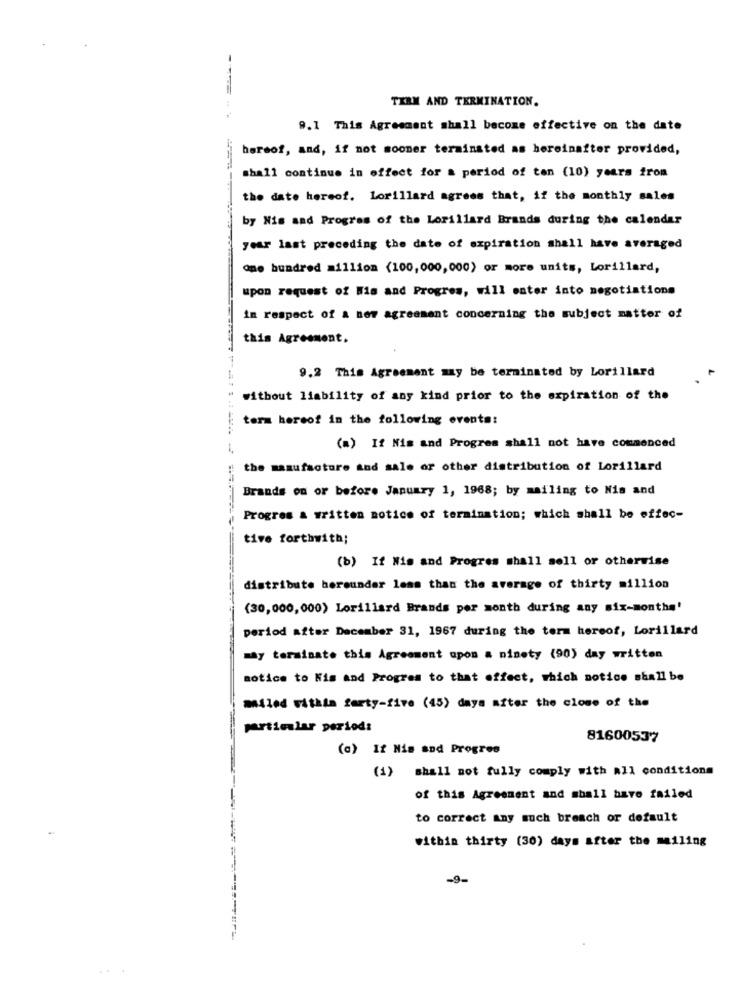
TERM AND TERMINATION.
9.1 This Agreement shall become effective on the date
hereof, and, if not sooner terminated as hereinafter provided,
shall continue in effect for a period of ton (10) years from
the date hereof. Lorillard agrees that, if the monthly sales
by Nis and Progres of the Lorillard Brands during the calendar
year last preceding the date of expiration shall have averaged
one hundred million (100,000,000) or more units, Lorillard,
upon request of His and Progres, will enter into negotiations
in respect of a new agreement concerning the subject matter of
this Agreement.
9.2 This Agreement may be terminated by Lorillard
without liability of any kind prior to the expiration of the
term hereof in the following events:
(a) If Nis and Progres shall not have commenced
the manufacture and sale or other distribution of Lorillard
Brands on or before January 1, 1968; by mailing to Nis and
Progres & written notice of termination; which shall be effec-
tive forthwith;
(b) If Wis and Progres shall sell or otherwise
distribute berounder less than the average of thirty million
(30,000,000) Lorillard Brands per month during any six-months'
period after December 31, 1967 during the term hereof, Lorillard
my terminate this Agreement upon a ninety (90) day written
notice to Nis and Progres to that effect, which notice shall be
Miled Withla forty-five (45) days after the close of the
particular period:
81600537
(a) If Nis and Progres
(1) shall not fully comply with all conditions
of this Agreement and shall have failed
to correct any much breach or default
within thirty (30) days after the mailing
-9-